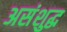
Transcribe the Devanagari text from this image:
असंशुद्ध